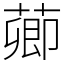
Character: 𦺄